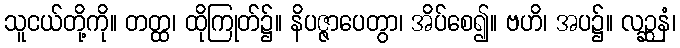
သူငယ်တို့ကို။ တတ္ထ၊ ထိုကြုတ်၌။ နိပဇ္ဇာပေတွာ၊ အိပ်စေ၍။ ဗဟိ၊ အပ၌။ လဉ္ဆနံ၊